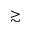
\gtrsim